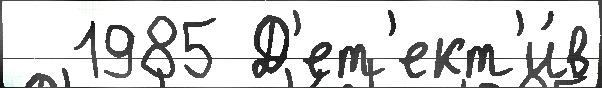
  1985 Д'ет'ект'и́в